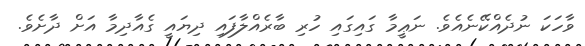
ވާހަކަ ނުދެއްކޭނެއެވެ. ނަޢީމާ ގައިގައި ހުރި ބާރެއްލާފައި ދިޔައީ ގެއާދިމާ އަށް ދާށެވެ.